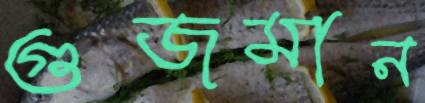
গুজমান